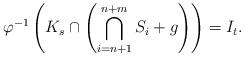
LaTeX: \begin{align*} \varphi^{-1}\left(K_s\cap\left(\bigcap_{i=n+1}^{n+m}S_i+g\right)\right)=I_t.\end{align*}